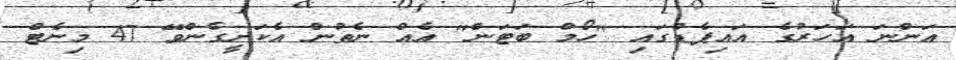
އަންނަ އަހަރުގެ އައިޕެޑްގައި "ހޯމް ބަޓަން" އެއް ނެތުން އެކަށީގެންވޭ 47 މިނެޓް